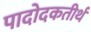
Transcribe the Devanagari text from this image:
पादोदकतीर्थ